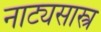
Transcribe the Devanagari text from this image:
नाट्यसास्त्र